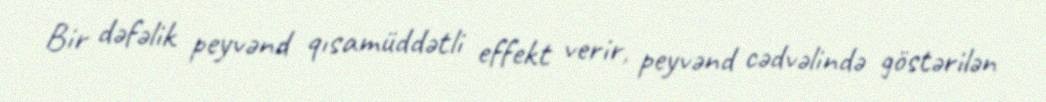
Bir dəfəlik peyvənd qısamüddətli effekt verir, peyvənd cədvəlində göstərilən